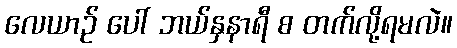
လေယာဉ် ပေါ် ဘယ်နှနာရီ စ တက်လို့ရမလဲ။